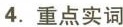
4.重点实词